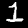
Digit: 1